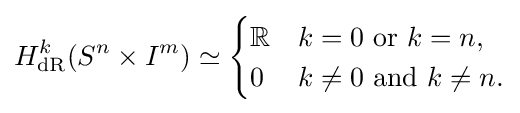
H_{\mathrm {dR} }^{k}(S^{n}\times I^{m})\simeq {\begin{cases}\mathbb {R} &k=0{\text{ or }}k=n,\\0&k\neq 0{\text{ and }}k\neq n.\end{cases}}